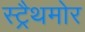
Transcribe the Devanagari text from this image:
स्ट्रैथमोर